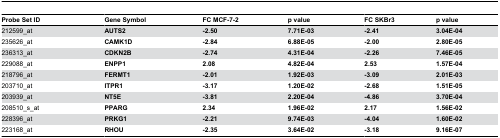
<table><thead><tr><td><b>Probe Set ID</b></td><td><b>Gene Symbol</b></td><td><b>FC MCF-7-2</b></td><td><b>p value</b></td><td><b>FC SKBr3</b></td><td><b>p value</b></td></tr></thead><tbody><tr><td>212599_at</td><td><b>AUTS2</b></td><td><b>-2.50</b></td><td><b>7.71E-03</b></td><td><b>-2.41</b></td><td><b>3.04E-04</b></td></tr><tr><td>235626_at</td><td><b>CAMK1D</b></td><td><b>-2.84</b></td><td><b>6.88E-05</b></td><td><b>-2.00</b></td><td><b>2.80E-05</b></td></tr><tr><td>236313_at</td><td><b>CDKN2B</b></td><td><b>-2.74</b></td><td><b>4.31E-04</b></td><td><b>-2.26</b></td><td><b>7.46E-05</b></td></tr><tr><td>229088_at</td><td><b>ENPP1</b></td><td><b>2.08</b></td><td><b>4.82E-04</b></td><td><b>2.53</b></td><td><b>1.57E-04</b></td></tr><tr><td>218796_at</td><td><b>FERMT1</b></td><td><b>-2.01</b></td><td><b>1.92E-03</b></td><td><b>-3.09</b></td><td><b>2.01E-03</b></td></tr><tr><td>203710_at</td><td><b>ITPR1</b></td><td><b>-3.17</b></td><td><b>1.20E-02</b></td><td><b>-2.68</b></td><td><b>1.51E-05</b></td></tr><tr><td>203939_at</td><td><b>NT5E</b></td><td><b>-3.81</b></td><td><b>2.20E-04</b></td><td><b>-4.86</b></td><td><b>3.70E-04</b></td></tr><tr><td>208510_s_at</td><td><b>PPARG</b></td><td><b>2.34</b></td><td><b>1.96E-02</b></td><td><b>2.17</b></td><td><b>1.56E-02</b></td></tr><tr><td>228396_at</td><td><b>PRKG1</b></td><td><b>-2.21</b></td><td><b>9.74E-03</b></td><td><b>-4.04</b></td><td><b>1.60E-02</b></td></tr><tr><td>223168_at</td><td><b>RHOU</b></td><td><b>-2.35</b></td><td><b>3.64E-02</b></td><td><b>-3.18</b></td><td><b>9.16E-07</b></td></tr></tbody></table>